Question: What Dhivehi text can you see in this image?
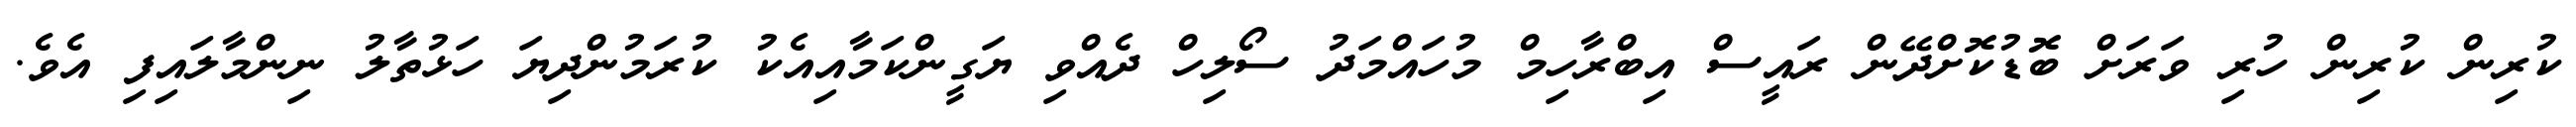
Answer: ކުރިން ކުރިން ހުރި ވަރަށް ބޮޑުކޮށްދޭން ރައީސް އިބްރާހިމް މުހައްމަދު ސޯލިހް ދެއްވި ޔަގީންކަމާއިއެކު ކުރަމުންދިޔަ ހަޅުތާލު ނިންމާލައިފި އެވެ.